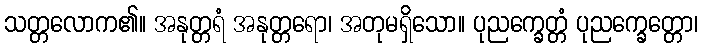
သတ္တလောက၏။ အနုတ္တရံ အနုတ္တရော၊ အတုမရှိသော။ ပုညက္ခေတ္တံ ပုညက္ခေတ္တော၊